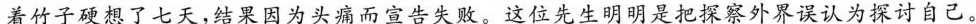
着竹子硬想了七天，结果因为头痛而宣告失败。这位先生明明是把探察外界误认为探讨自己。